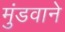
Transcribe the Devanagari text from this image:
मुंडवाने